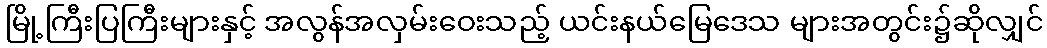
မြို့ကြီးပြကြီးများနှင့် အလွန်အလှမ်းဝေးသည့် ယင်းနယ်မြေဒေသ များအတွင်း၌ဆိုလျှင်